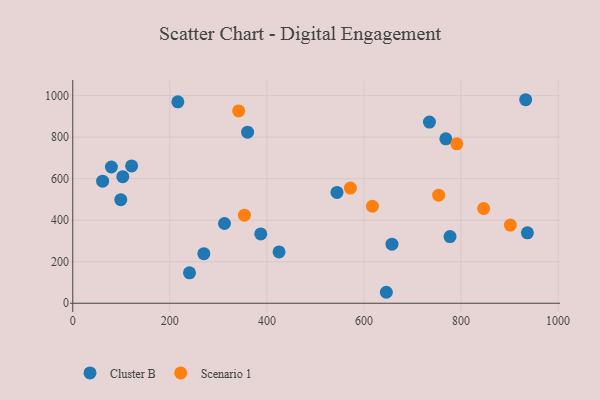
{"axis": {"x": "Investment", "y": "Sales"}, "legend": ["Cluster B", "Scenario 1"], "data": [{"x": "360.2", "y": 824.1, "type": "Cluster B"}, {"x": "312.6", "y": 384.1, "type": "Cluster B"}, {"x": "777.3", "y": 321.0, "type": "Cluster B"}, {"x": "240.5", "y": 146.4, "type": "Cluster B"}, {"x": "768.7", "y": 791.9, "type": "Cluster B"}, {"x": "61.5", "y": 588.0, "type": "Cluster B"}, {"x": "216.5", "y": 970.5, "type": "Cluster B"}, {"x": "387.3", "y": 333.9, "type": "Cluster B"}, {"x": "657.7", "y": 284.6, "type": "Cluster B"}, {"x": "734.9", "y": 872.7, "type": "Cluster B"}, {"x": "646.1", "y": 52.8, "type": "Cluster B"}, {"x": "425.0", "y": 247.3, "type": "Cluster B"}, {"x": "98.9", "y": 498.7, "type": "Cluster B"}, {"x": "103.0", "y": 609.8, "type": "Cluster B"}, {"x": "933.2", "y": 980.4, "type": "Cluster B"}, {"x": "936.7", "y": 339.2, "type": "Cluster B"}, {"x": "270.1", "y": 238.6, "type": "Cluster B"}, {"x": "544.4", "y": 533.7, "type": "Cluster B"}, {"x": "121.3", "y": 661.6, "type": "Cluster B"}, {"x": "79.6", "y": 656.2, "type": "Cluster B"}, {"x": "753.9", "y": 520.7, "type": "Scenario 1"}, {"x": "572.0", "y": 554.7, "type": "Scenario 1"}, {"x": "791.4", "y": 767.9, "type": "Scenario 1"}, {"x": "846.6", "y": 456.5, "type": "Scenario 1"}, {"x": "341.8", "y": 926.4, "type": "Scenario 1"}, {"x": "353.7", "y": 424.4, "type": "Scenario 1"}, {"x": "617.4", "y": 467.2, "type": "Scenario 1"}, {"x": "901.6", "y": 376.3, "type": "Scenario 1"}]}